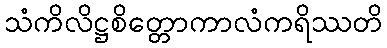
သံကိလိဋ္ဌစိတ္တောကာလံကရိဿတိ